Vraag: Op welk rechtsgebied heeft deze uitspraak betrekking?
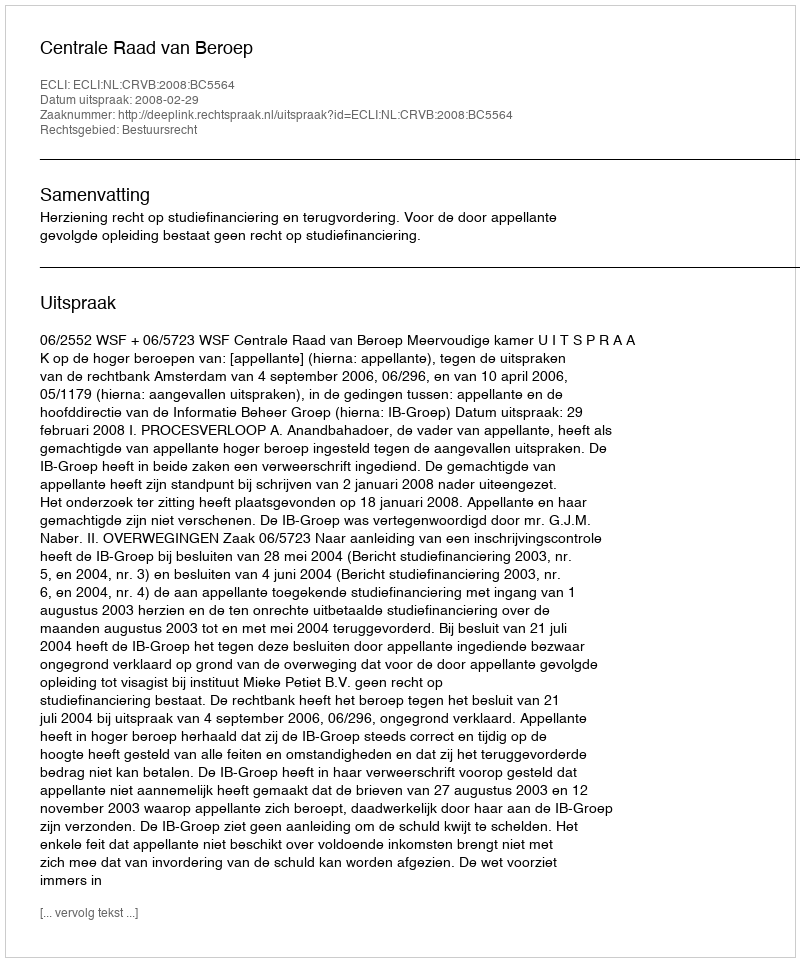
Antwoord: Bestuursrecht